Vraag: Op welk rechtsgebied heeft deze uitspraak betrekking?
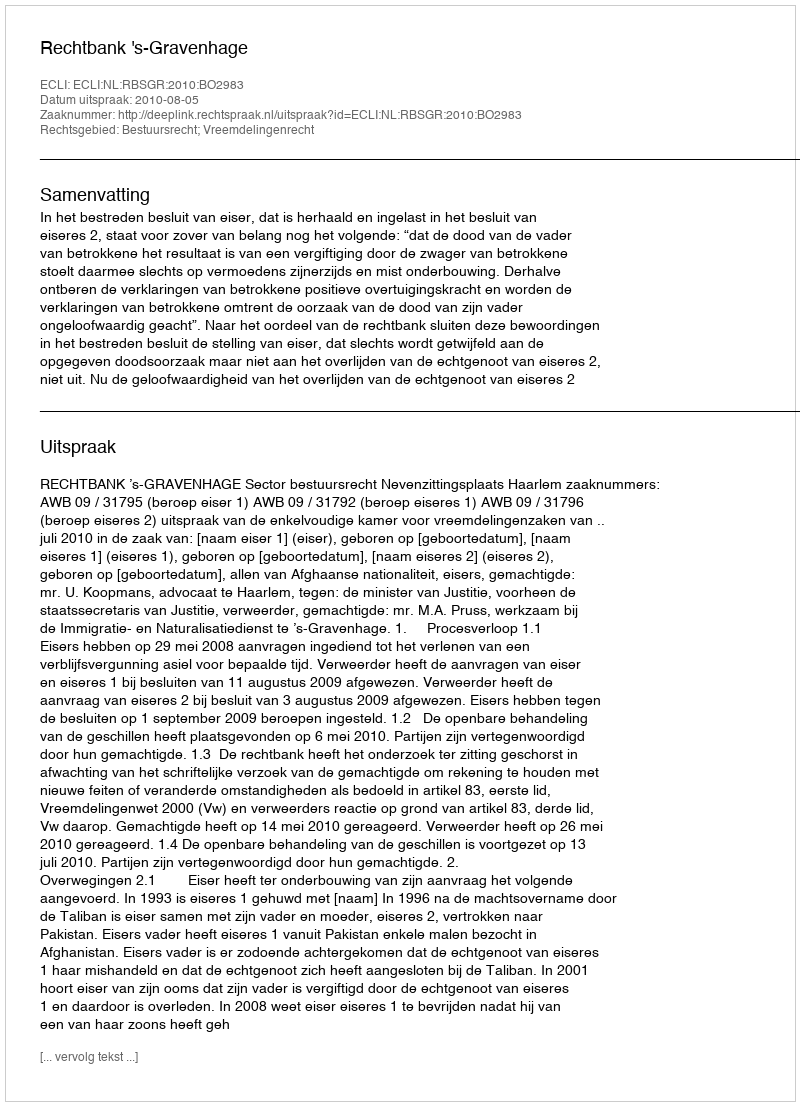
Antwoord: Bestuursrecht; Vreemdelingenrecht